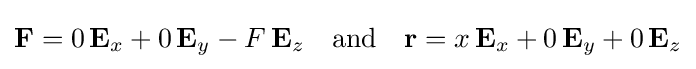
\mathbf {F} =0\,\mathbf {E} _{x}+0\,\mathbf {E} _{y}-F\,\mathbf {E} _{z}\quad {\text{and}}\quad \mathbf {r} =x\,\mathbf {E} _{x}+0\,\mathbf {E} _{y}+0\,\mathbf {E} _{z}